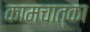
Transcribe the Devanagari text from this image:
कामचात्का